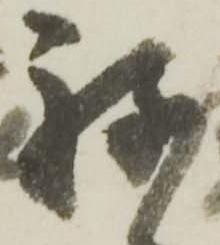
弥